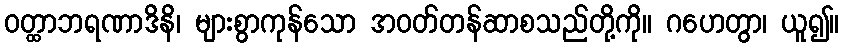
ဝတ္ထာဘရဏာဒိနိ၊ များစွာကုန်သော အဝတ်တန်ဆာစသည်တို့ကို။ ဂဟေတွာ၊ ယူ၍။